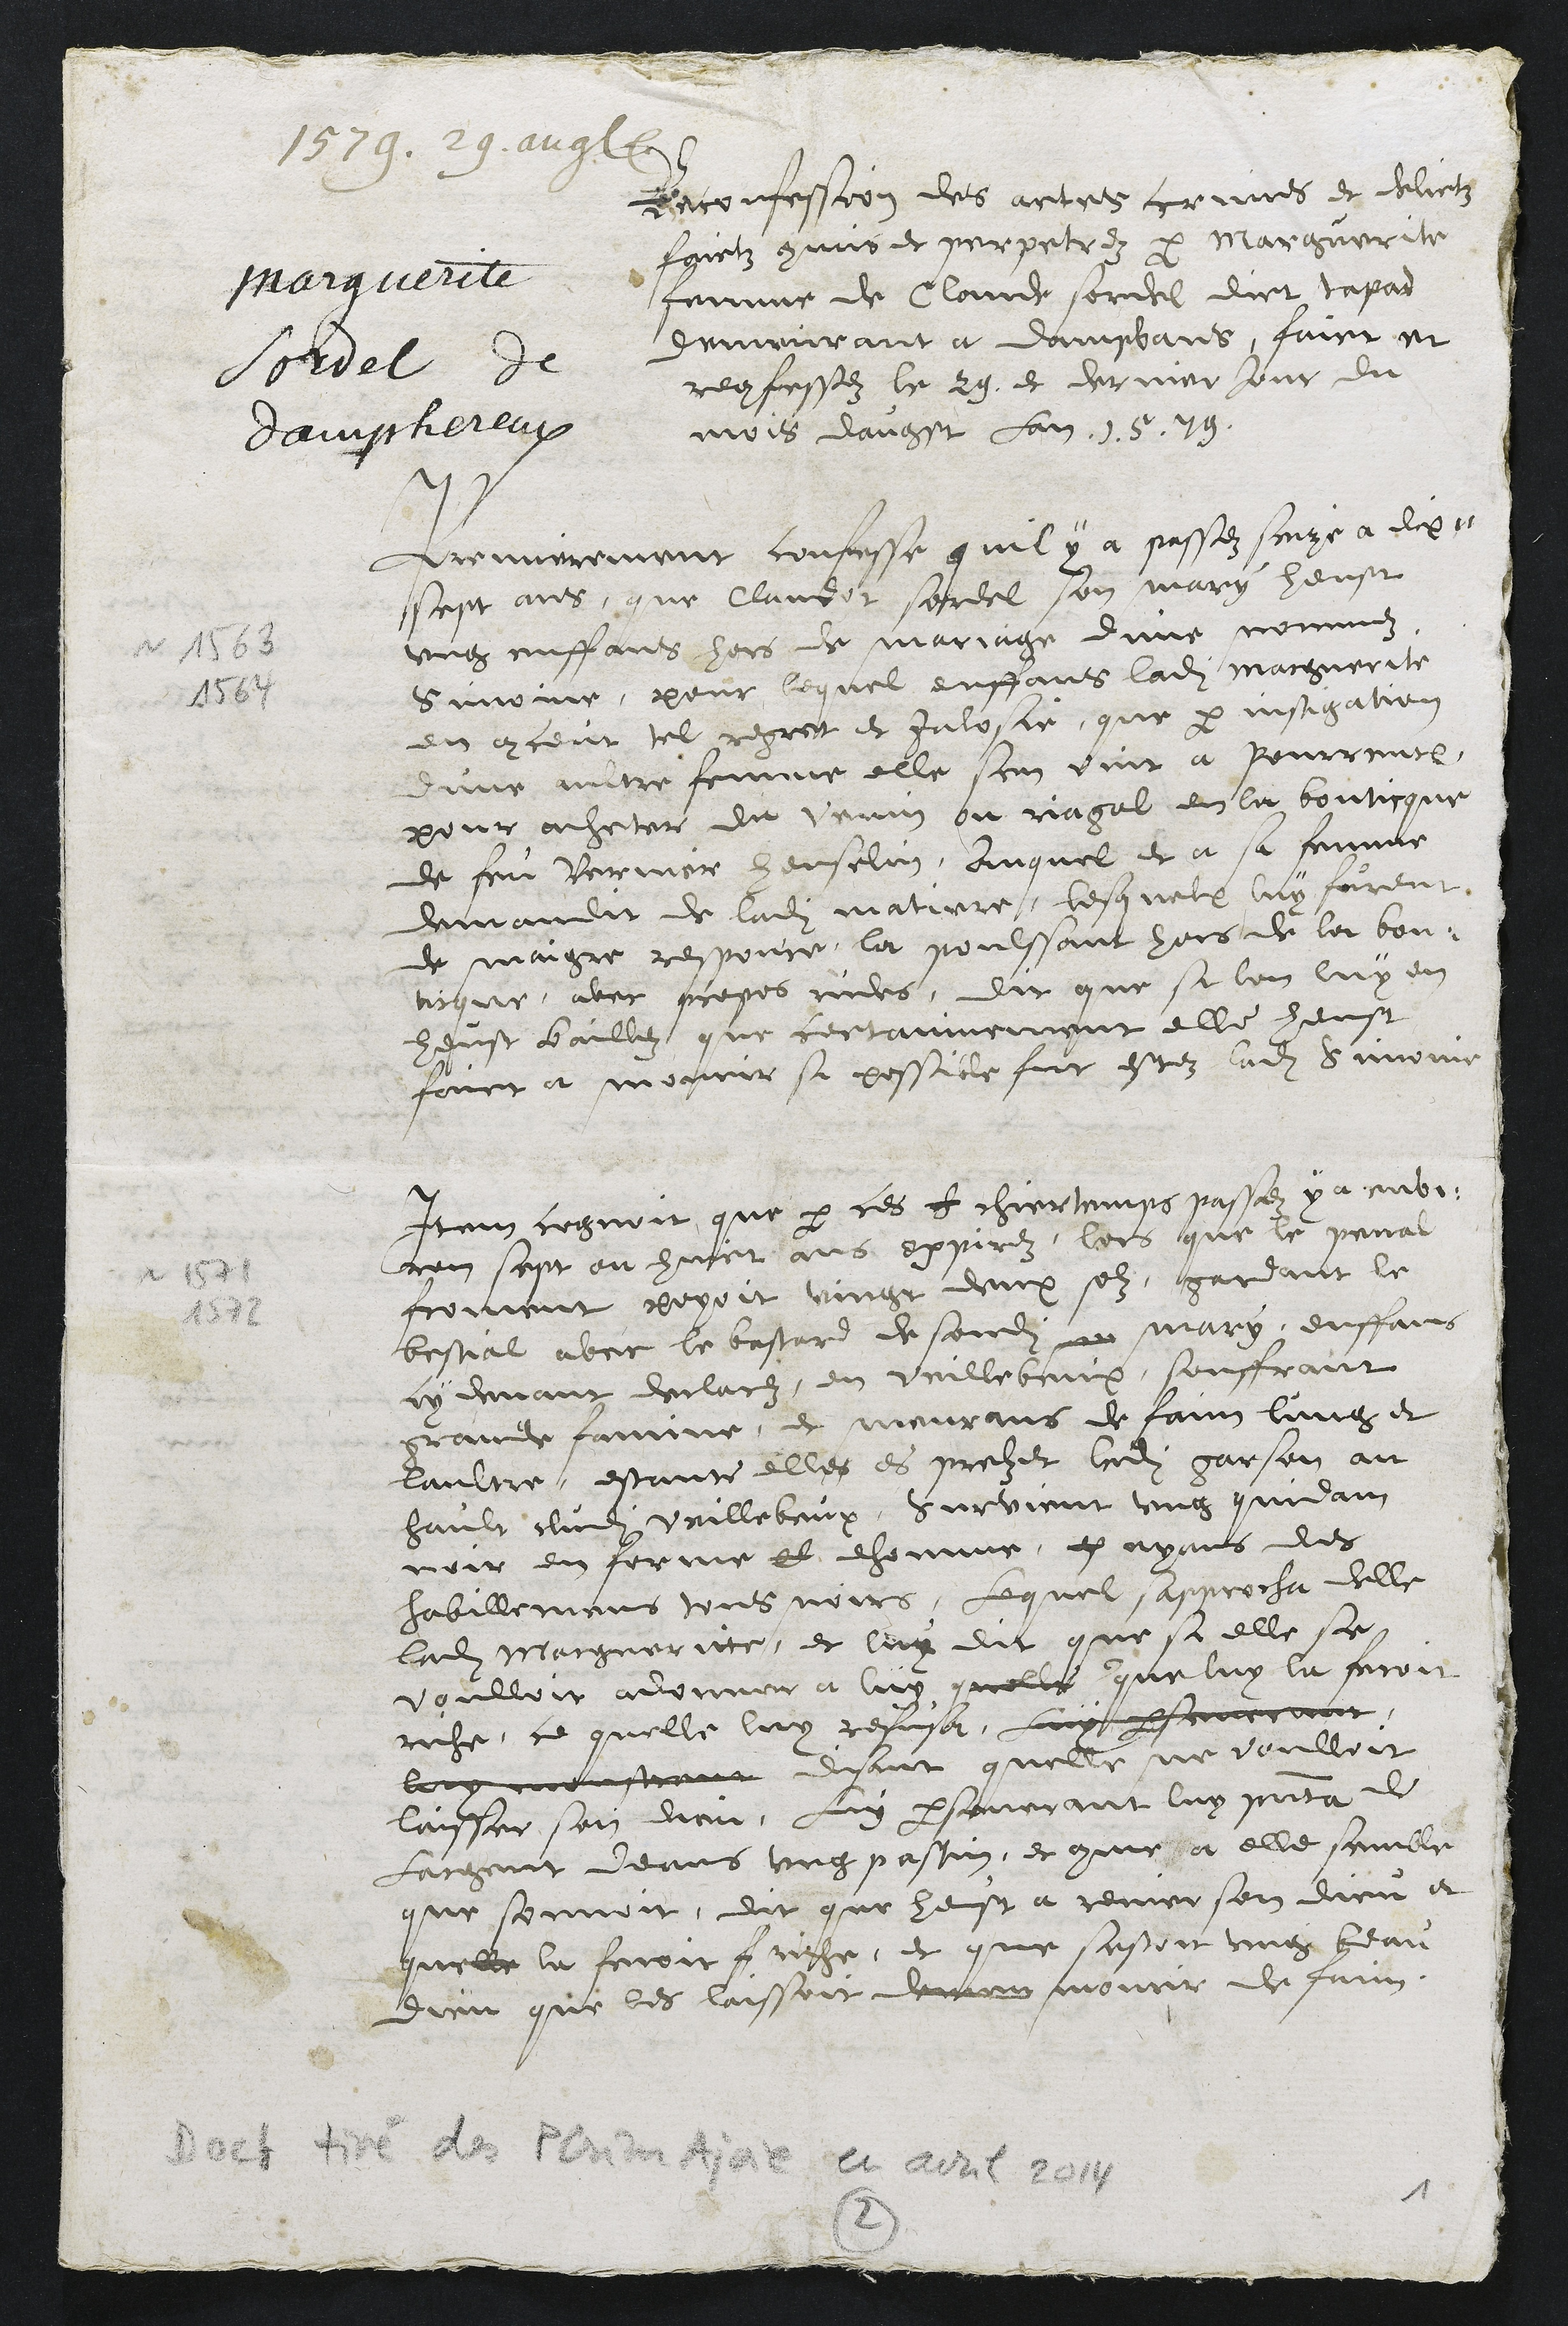
1579. 29. aug.
Marguerite
Sordel de
Damphereux
Reconfession des actes crimes et delictz
faictz commis et perpetrez par Marguerite
femme de Claude sordel dict tapad
demeurant a dampvans, faict et
reconfessez le 29 et dernier jour du
mois daugst Lan 1579
Premierement confesse quil y a passez seize a dix¬
sept ans, que Claudot sordel son mary heust
ung enffans hors de mariage dune nommez
Simoine, pour lequel enffans ladite Marguerite
en conceut tel regret et jalosie que par instigation
dune aultre femme elle sen vint a Pourrentruy
pour acheter du venin ou riagal en la bouticque
de feu Vernier henselin, Auquel et a sa femme
demandit de ladite matiere, lesquelx luy furent
de maigre responce la poulssant hors de la bou¬
ticque avec propos rudes, dit que si lon luy en
heust baillez, que certainnement elle heust
faict a mourir si possible fut estez ladite Simoine
Item cognoit que par ces ch chier temps passez y a envi¬
ron sept ou huict ans expirez, lors que le penal
froment peyoit vingt deux solz, gardant le
bestial avec le bastard de sondit m mary, enffans
cy devant declarez en vuillebeux, souffrant
grande famine et meurans de faim lung et
laultre, estants elles es prelz et ledit garson au
hault dudit veillebeux, survient ung quidam
noir en forme dh dhomme, ep ayans des
habillemens tous noirs, Lequel sapprocha delle
ladite Margueritte, et luy dit que si elle se
voulloit adonner a luy quelle que luy la feroit
riche, ce quelle luy refusa, Luy perseverant
luy monstrant disant quelle ne voulloit
laisser son dieu, luy perseverant luy presenta de
Largent deans ung pastin, et comme a elle semble
que sonnoit, dit que heust à renier son dieu et
quelle la feroit f riche, et que sestoit ung beau
dieu que les laissoit demen mourir de faim.
1